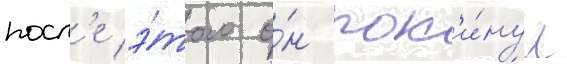
посл'е э́того о́н пок'и́нул